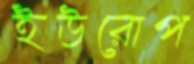
ইউরোপ